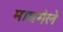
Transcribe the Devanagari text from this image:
माघमेले